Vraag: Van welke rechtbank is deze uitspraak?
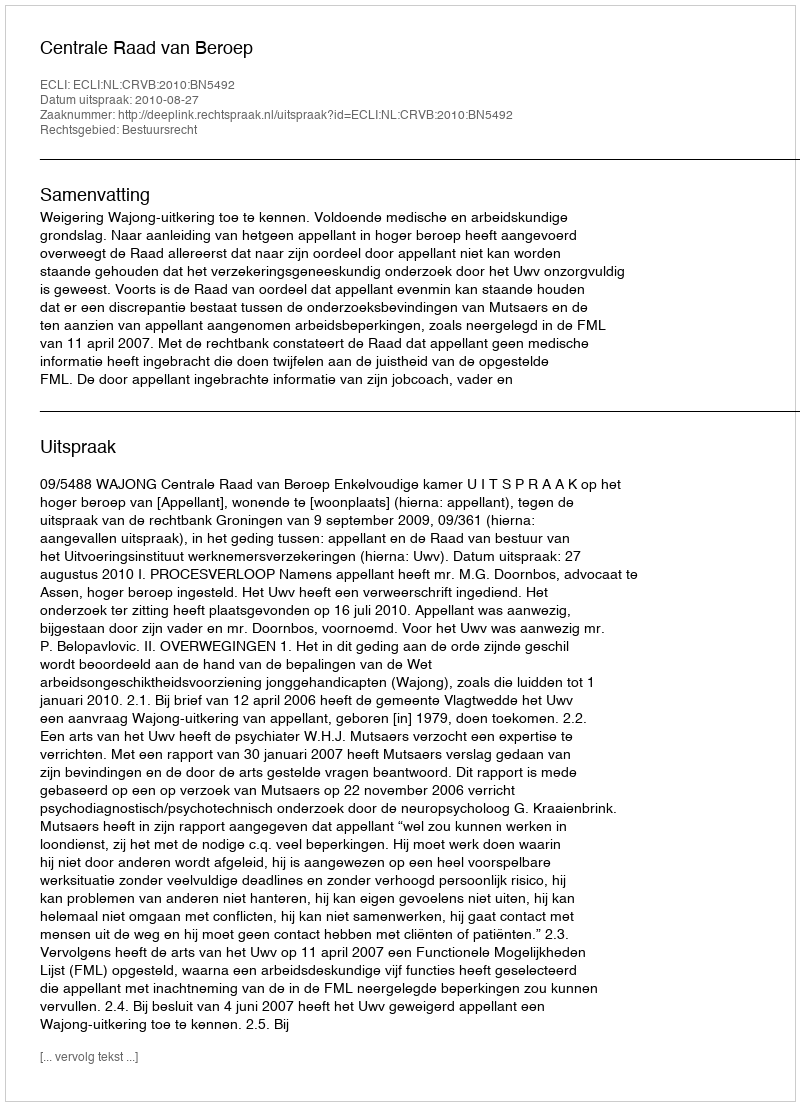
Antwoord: Centrale Raad van Beroep